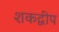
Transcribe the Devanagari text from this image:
शकद्वीप